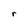
Character: r